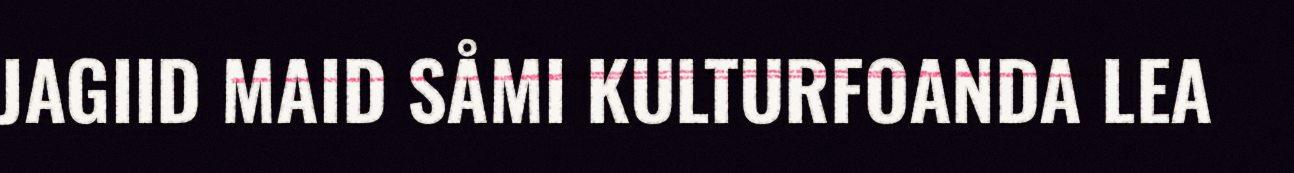
JAGIID MAID SÅMI KULTURFOANDA LEA